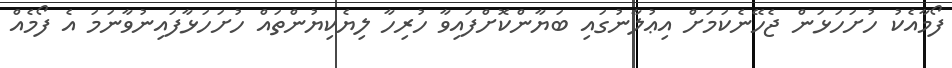
ފޯމާއެކު ހުށަހަޅަން ޖެހޭނެކަމަށް އިޢުލާނުގައި ބަޔާންކޮށްފައިވާ ހުރިހާ ލިޔެކިޔުންތައް ހުށަހަޅާފައިނުވާނަމަ އެ ފޯމެއް